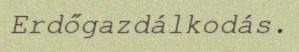
Erdőgazdálkodás.